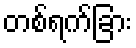
တစ်ရက်ခြား